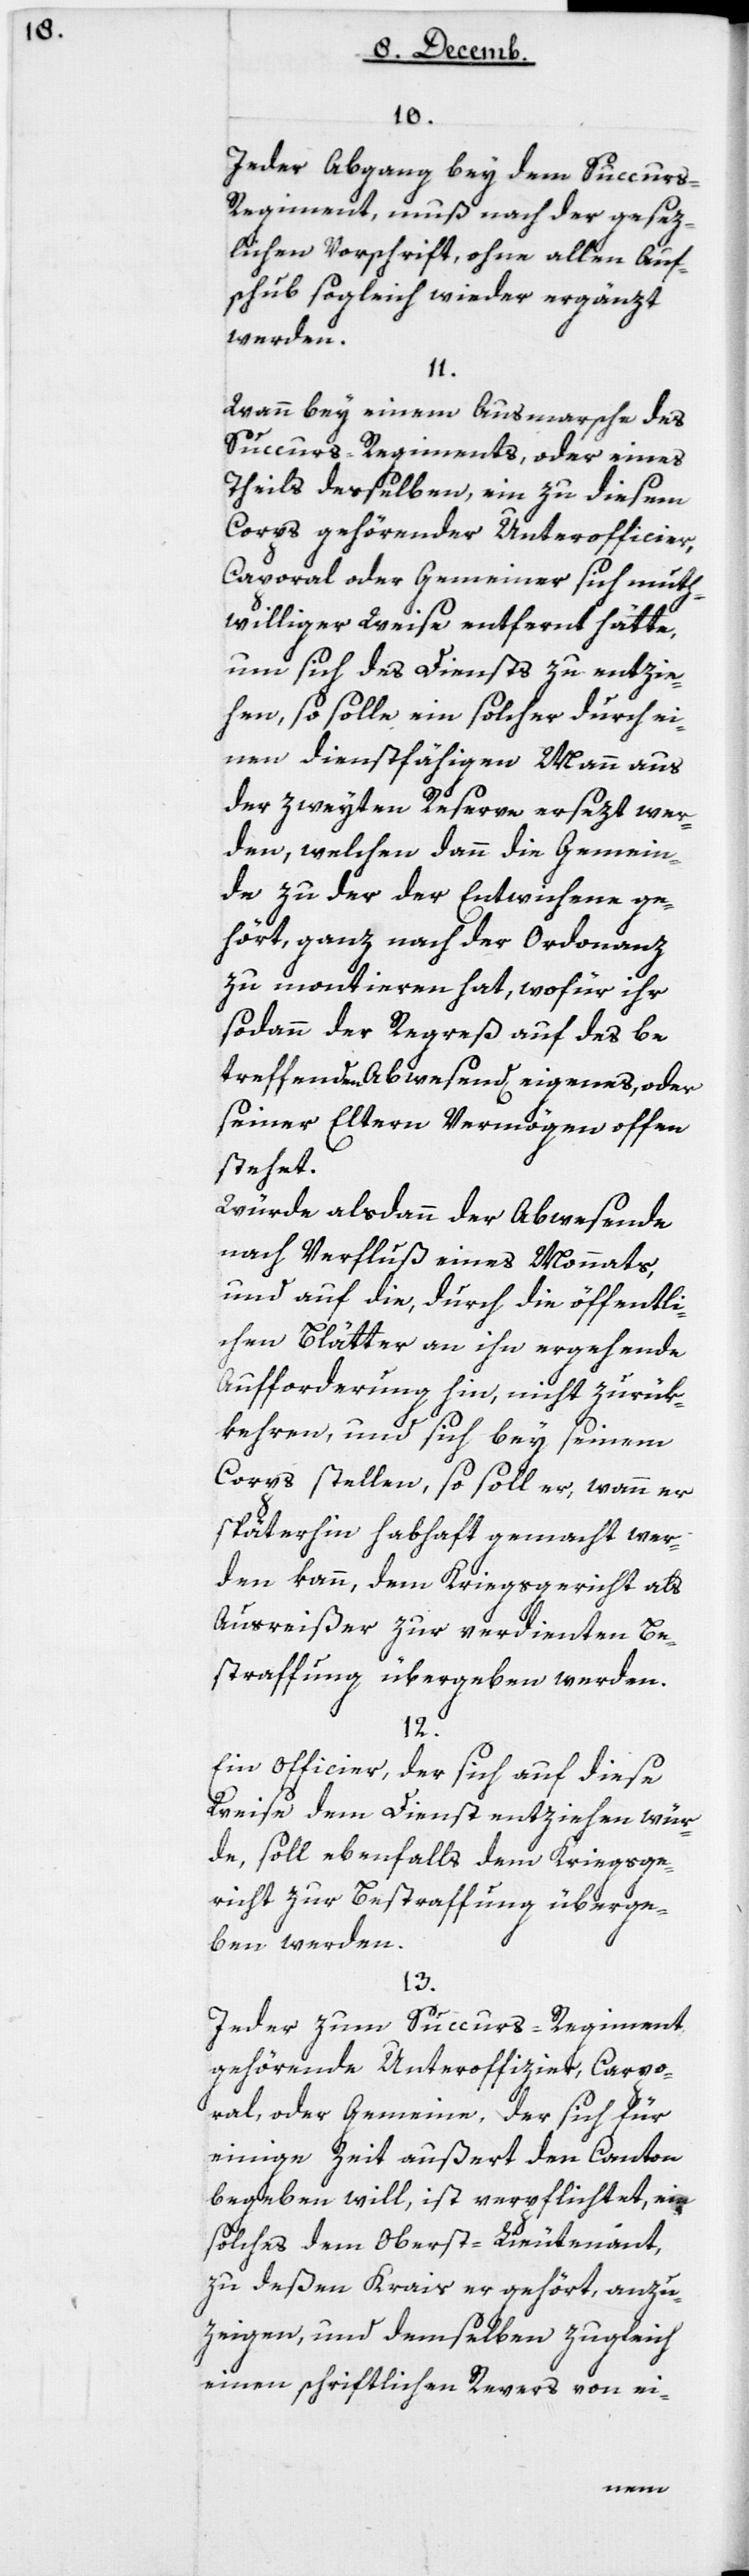
10.

Jeder Abgang bey dem Succur¬
s-Regiment muß nach der gesez¬
lichen Vorschrift, ohne allen Auf¬
schub sogleich wieder ergänzt
werden.
11.
Wann bey einem Ausmarsche des
Succurs-Regiments, oder eines
Theils desselben, ein zu diesem
Corps gehördender Unterofficier,
Caporal oder Gemeiner sich muth¬
williger Weise entfernt hätte,
um sich des Diensts zu entzie¬
hen, so solle ein solcher durch ei¬
nen dienstfähigen Mann aus
der zweyten Reserve ersetzt wer¬
den, welchen dann die Gemein¬
de zu der der Entwichene ge¬
hört, ganz nach der Ordonanz
zu montieren hat, wofür ihr
sodann der Regreß auf des be¬
treffenden Abwesenden eigenes, oder
seiner Eltern Vermögen offen
stehet.
Würde alsdann der Abwesende
nach Verfluß eines Monats,
und auf die, durch die öffentli¬
chen Blätter an ihn ergehende
Aufforderung hin, nicht zurük¬
kehren, und sich bey seinem
Corps stellen, so solle er, wann er
späterhin habhaft gemacht wer¬
den kann, dem Kriegsgericht als
Ausreißer zur verdienten Be¬
straffung übergeben werden.
12.
Ein Officier, der sich auf diese
Weise dem Dienst entziehen wür¬
de, soll ebenfalls dem Kriegsge¬
richt zur Bestraffung überge¬
ben werden.
13.
Jeder zum Succurs-Regiment
gehördende Unterofficier, Capo¬
ral oder Gemeine, der sich für
einige Zeit außert den Canton
begeben will, ist verpflichtet, ein
solches dem Oberst-Lieutenant,
zu deßen Kreis er gehört, anzu¬
zeigen, und demselben zugleich
einen schriftlichen Revers von ei-